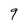
Character: 9